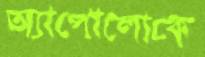
অ্যাপোলোকে